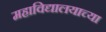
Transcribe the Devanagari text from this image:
महाविद्यालयाच्या